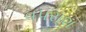
વપરાશ